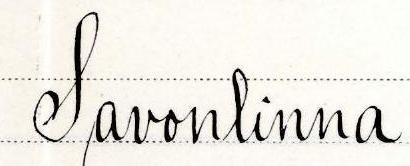
Savonlinna